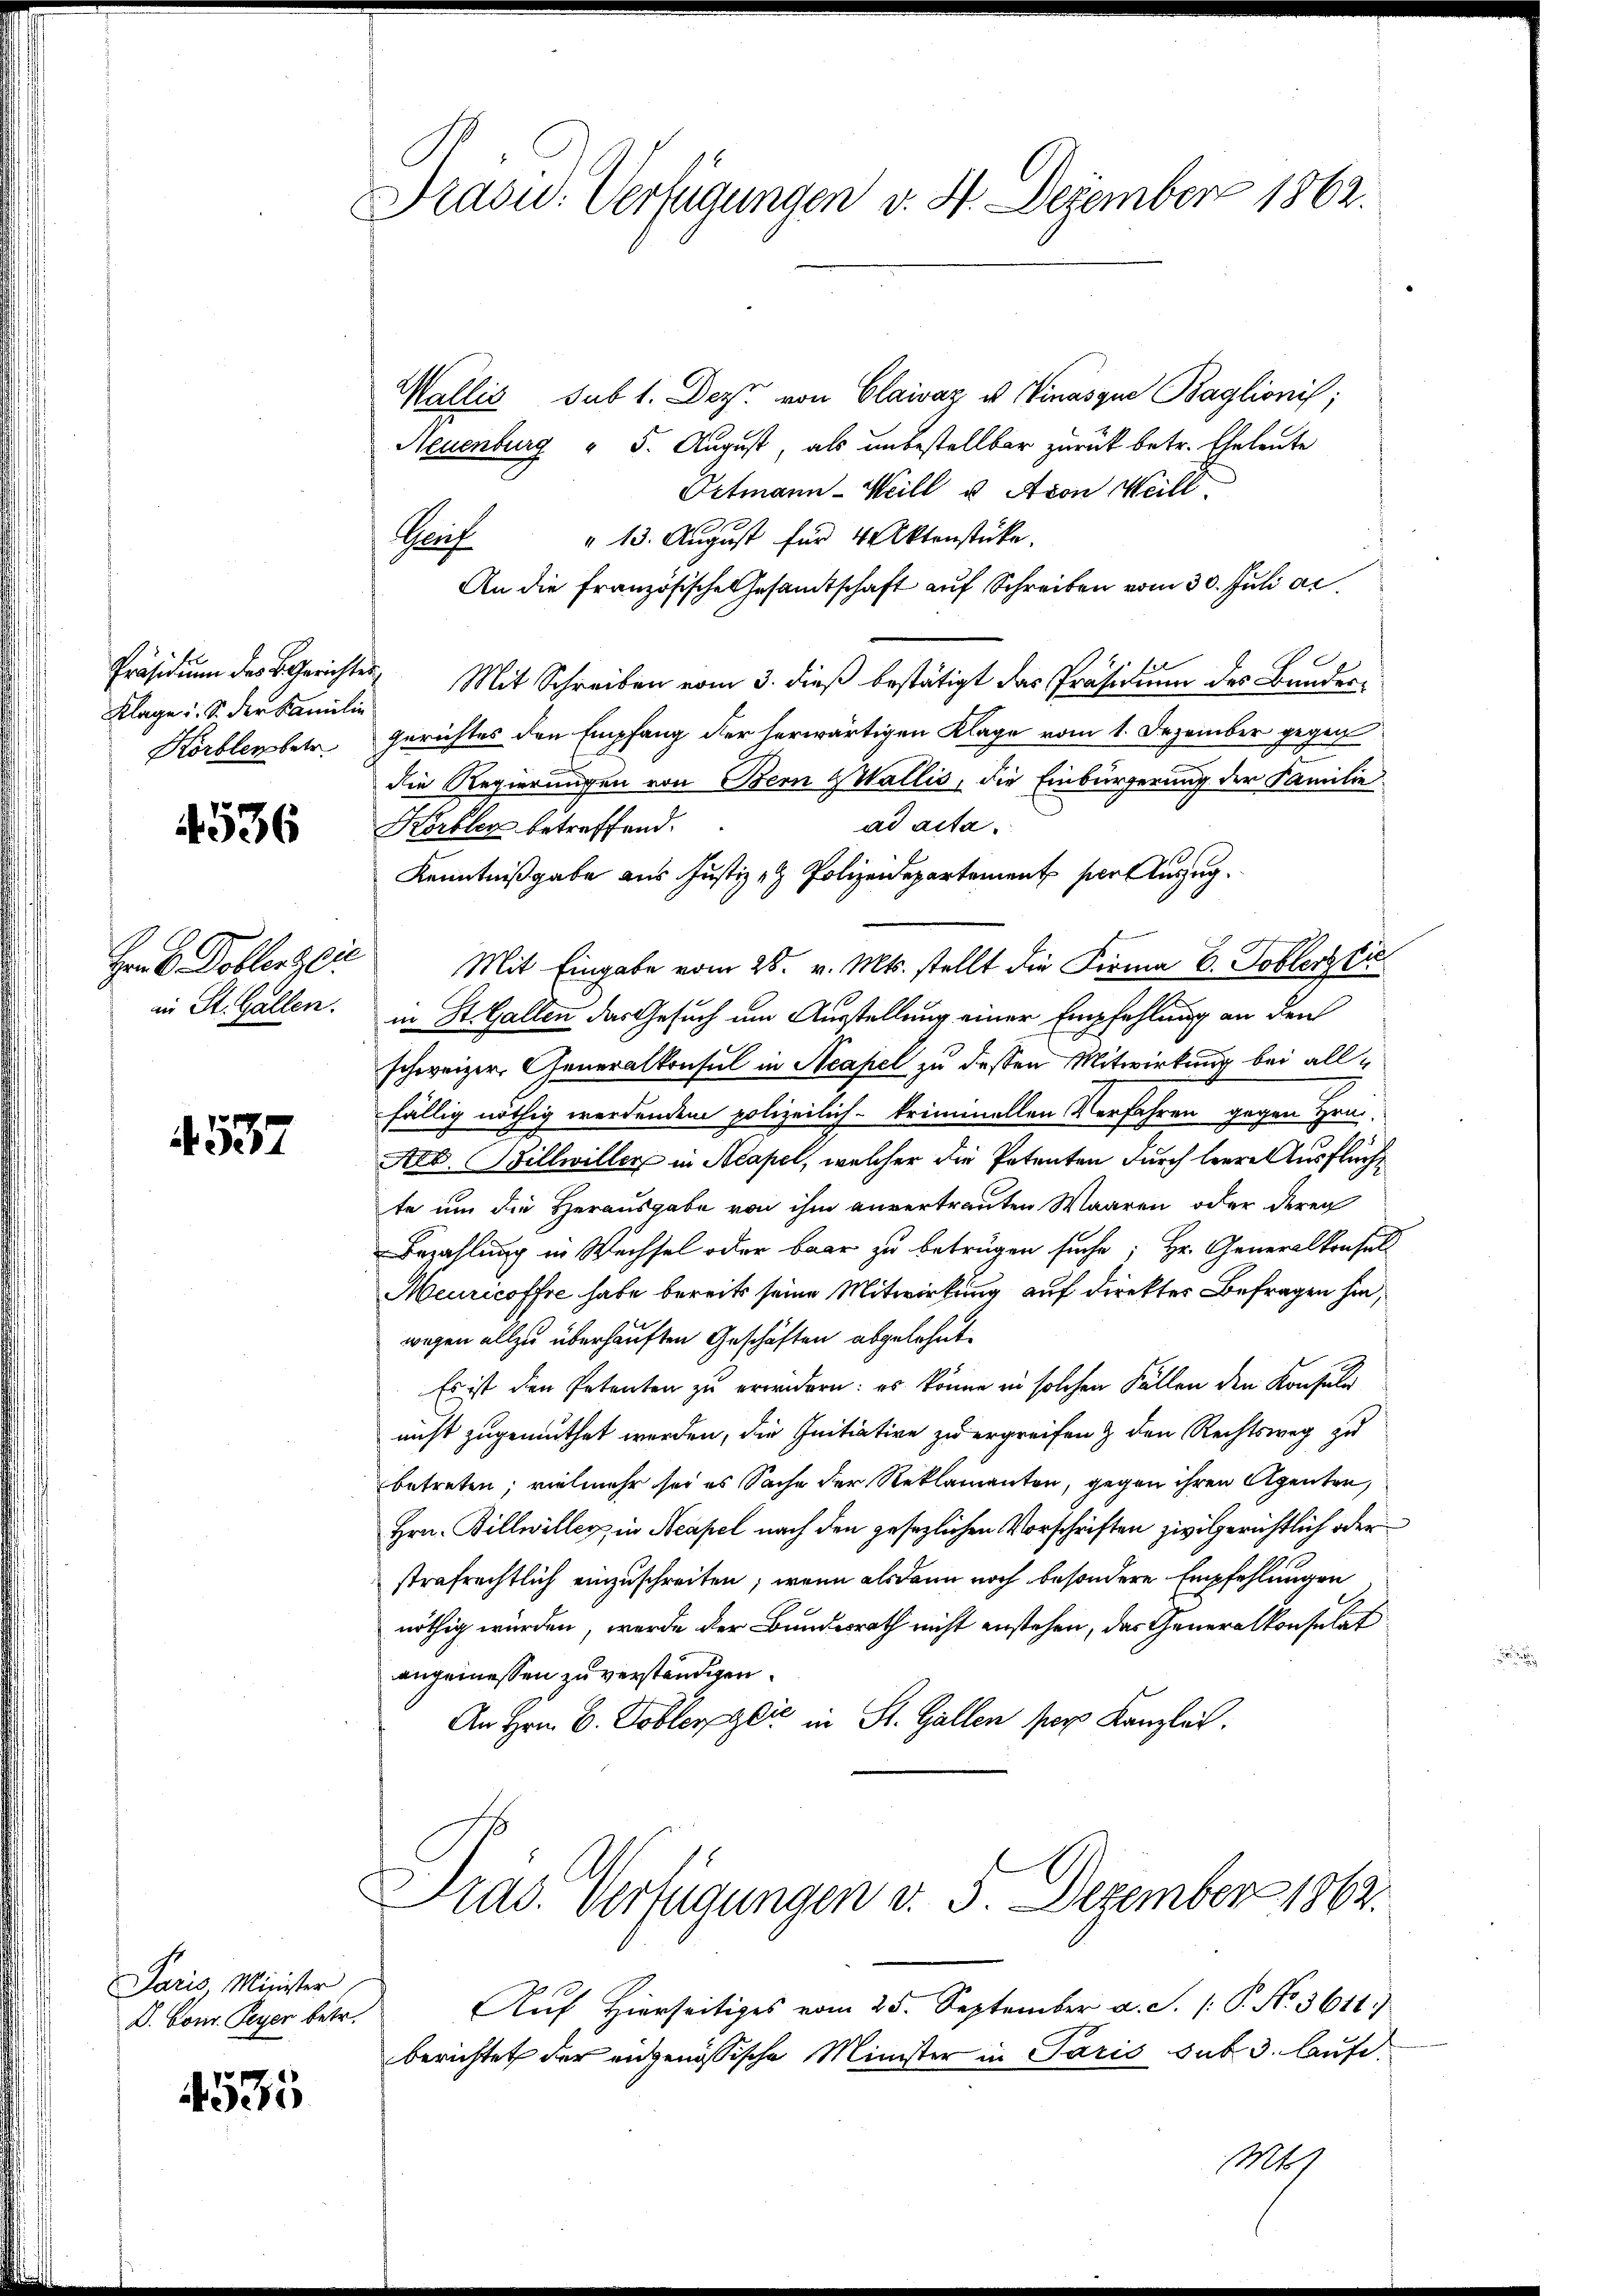
Klage u. S. der Familie
Hörblen betr.

4536

in St. Gallen.

4537

Paris Minister.
D. Conr. Peyer betr.

4535

Präsid.. Verfügungen v. 4. Dezember 1862.

Wallis sub 1. Dez. von Clairaz u Vinasque Baglionis;
Neuenburg " 5. August, als unbestellbar zurück betr. Eheleute
Ortmann-Weill u. Avon Weill
" 13. August für 4 Aktenstücke.
Kauf.
An die französische Gesamtschaft auf Schreiben vom 30. Juli ac
Präsidium des BGerichtes Mit Schreiben vom 3. dieß bestätigt das Präsidium des Bunder-
gerichtes den Empfang der herwärtigen Klage vom 1. Dezember gegen
die Regierungen von Bern Wallis, die Einbürgerung der Familie
ad acta.
Körbler betreffend.
Hrb Doblerei Mit Eingabe vom 26. v. Mts. stellt die Firma B. Toblerzli
in St. Gallen das Gesuch um Ausstellung einer Empfehlung an den
schweizer, Generalkonsul in Neapel zu dessen Mitwirkung bei allfällig nöthig werdendem polizeilich-kriminellen Verfahren gegen Hrn.
Arb. Billwiller in Acapel, welcher die Petenten durch leere Ausflüche
te um die Herausgabe von ihm anvertrauten Waaren oder deren
Bezahlung in Wechsel oder baar zu betrügen suche; Hr. Generalkonsel
Meuricoffre habe bereits seine Mitwirkung auf direktes Befragen hin,
wegen allzu überhauften Geschäften abgelehnt.
Es ist den Petenten zu erwidern: es könne in solchen Fällen den Konsule
nicht zugemuthet werden, die Initiative zu ergreifen & den Rechtsweg zu
betreten; vielmehr sei es Sache der Reklamanten, gegen ihren Agenten,
Hrn. Billwilleg, in Neapel nach den gesezlichen Vorschriften zivilgerichtlich oder
strafrechtlich einzuschreiten; wenn alsdann noch besondere Empfehlungen
nöthig würden, werde der Bundesrath nicht anstehen, das Generalkonsulat
angemessen zu verständigen.
An Hrn. B. Cobler die in St. Gallen per Kanzlei.

Kenntnißgabe aus Justiz- & Polizeidepartement per Auszug.

Pras. Verfügungen d. 5. Dezember 1863.

Auf Hierseitiges vom 25. September d. J. P. No. 3611)
berichtet der eidgenössische Minister in Paris sub 3. Lauf.
Mts